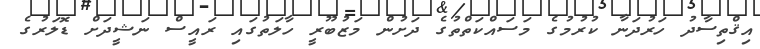
އިޤްތިސާދު ހަރުދަނާ ކުރުމުގެ މަސައްކަތްތުގެ ދަށުން މަޒުބޫރީ ހާލަތުގައި ރައީސް ނަޝީދަށް ޑޮލަރުގެ